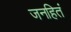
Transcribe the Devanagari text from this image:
जनहितं